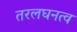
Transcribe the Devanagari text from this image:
तरलघनत्व